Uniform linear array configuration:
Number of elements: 32
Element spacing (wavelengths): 0.25
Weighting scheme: hamming
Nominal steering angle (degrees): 30
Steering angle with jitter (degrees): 29.943
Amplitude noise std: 0.05
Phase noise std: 0.05

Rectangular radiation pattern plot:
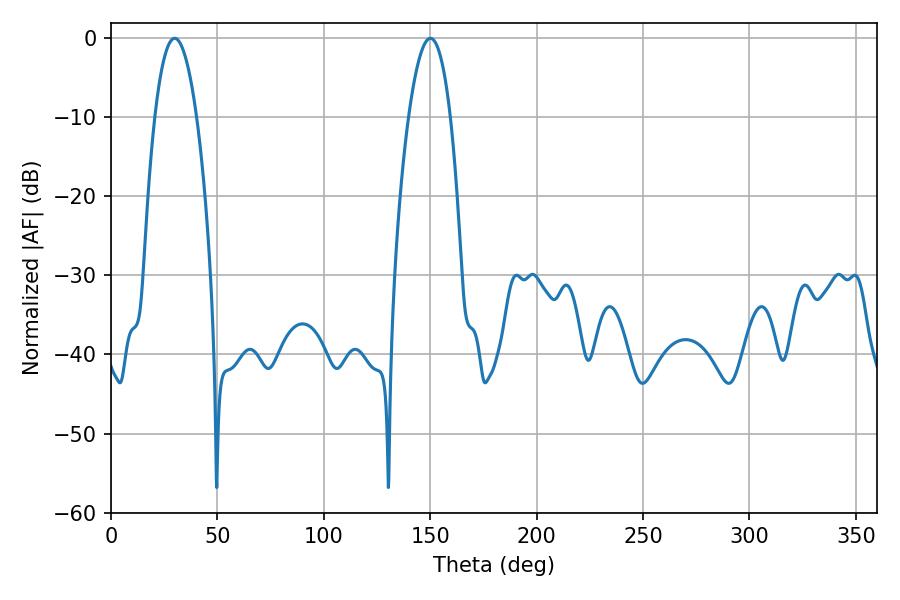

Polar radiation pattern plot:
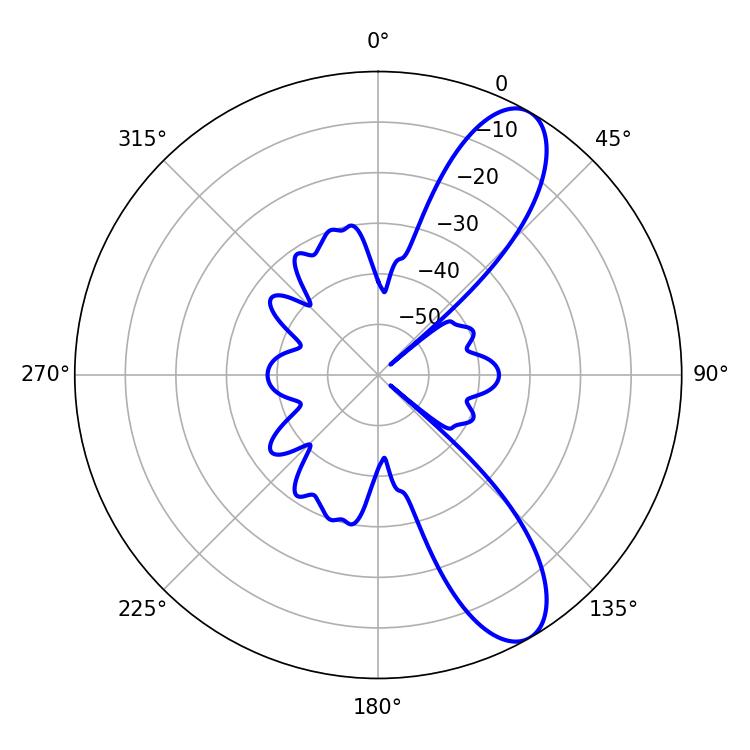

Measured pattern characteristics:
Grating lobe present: FALSE
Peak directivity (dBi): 9.935
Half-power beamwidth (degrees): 10.8
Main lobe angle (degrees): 29.88